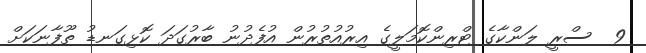
9  ސްރީ ލަންކާގެ ޓްރިންކޮމަލީގެ އިރުއުތުރުން އުފެދުނު ބާރުގަދަ ކޮޅިގަނޑު ތޫފާނަކަށް